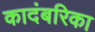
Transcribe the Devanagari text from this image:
कादंबरिका